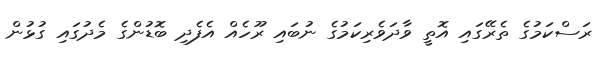
ރަސްކަމުގެ ތެރޭގައި އޮތީ ވާދަވެރިކަމުގެ ނުބައި ރޫހެއް އެފެދި ބޮޑުންގެ މެދުގައި ގުޅުން